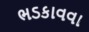
ભડકાવવા